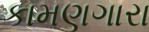
કામણગારા